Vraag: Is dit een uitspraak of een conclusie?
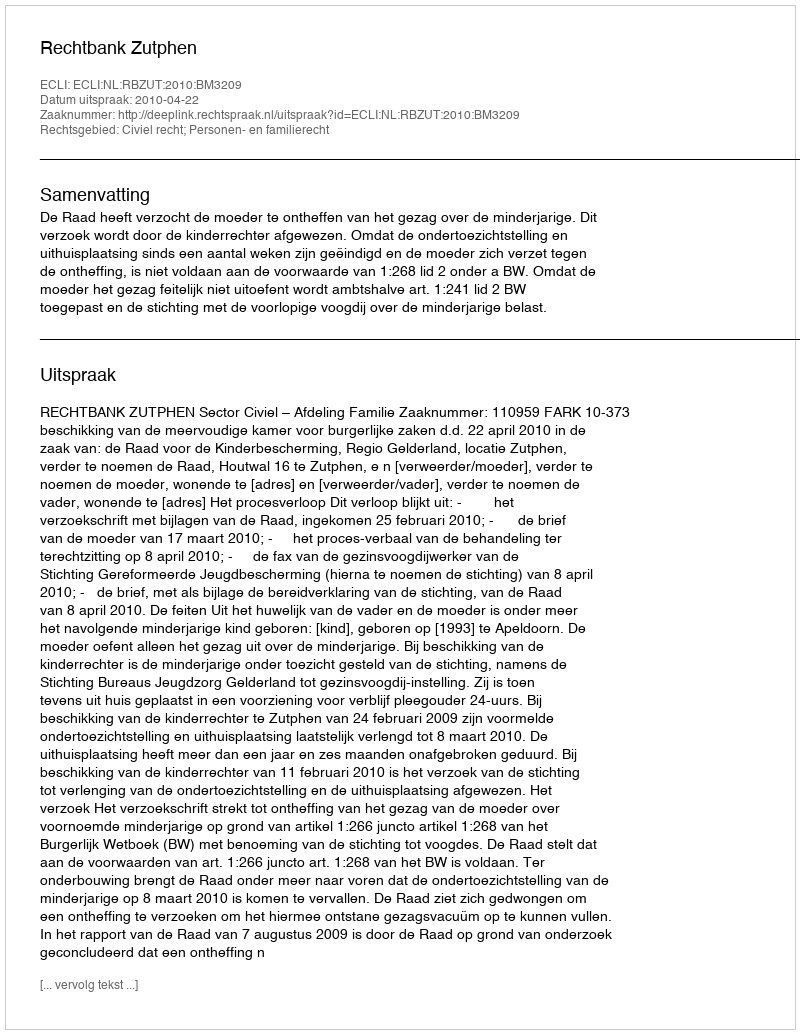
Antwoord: Uitspraak